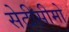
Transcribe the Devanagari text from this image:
सेटीसीमो